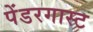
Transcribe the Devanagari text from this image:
पेंडरगास्ट